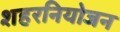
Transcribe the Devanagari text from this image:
शहरनियोजन